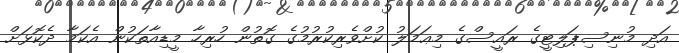
އަދި މުނިސިޕަލިޓީގެ ރައީސްގެ މިޢަމަލު ކުށްވެރިކުރުމުގެ ގޮތުން ހުރިހާ މީޑިއާތަކުން އެކަމާ ދެކޮޅަށް